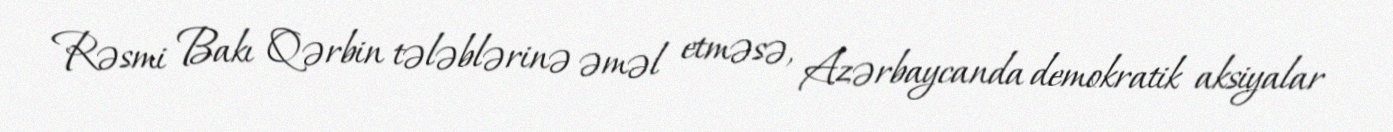
Rəsmi Bakı Qərbin tələblərinə əməl etməsə, Azərbaycanda demokratik aksiyalar